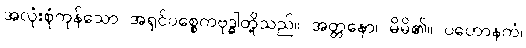
အလုံးစုံကုန်သော အရှင်ပစ္စေကဗုဒ္ဓါတို့သည်။ အတ္တနော၊ မိမိ၏။ ပဟောနကံ၊